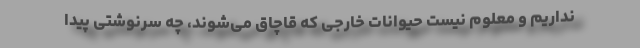
نداریم و معلوم نیست حیوانات خارجی که قاچاق می‌شوند، چه سرنوشتی پیدا